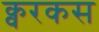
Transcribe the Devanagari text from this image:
क्वरकस